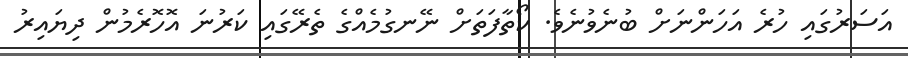
އަސަރުގައި ހުރެ އަހަންނަށް ބުނެވުނެވެ. ކޯތާފަތަށް ނޭނގުމެއްގެ ތެރޭގައި ކަރުނަ އޮހޮރެމުން ދިޔައިރު